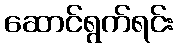
ဆောင်ရွက်ရင်း